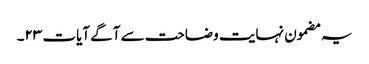
یہ مضمون نہایت وضاحت سے آگے آیات ۲۳۔